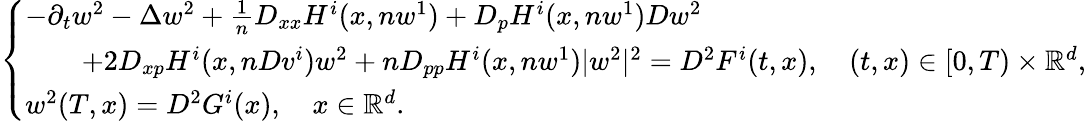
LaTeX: \begin{array}{r}{\left\{ \begin{array}{ll}{-\partial_{t}w^{2}-\Delta w^{2}+\frac{1}{n}D_{xx}H^{i}(x,nw^{1})+D_{p}H^{i}(x,nw^{1})Dw^{2}}\\ {\qquad+2D_{xp}H^{i}(x,nDv^{i})w^{2}+nD_{pp}H^{i}(x,nw^{1})|w^{2}|^{2}=D^{2}F^{i}(t,x),\quad(t,x)\in[0,T)\times{\mathbb R}^{d},}\\ {w^{2}(T,x)=D^{2}G^{i}(x),\quad x\in{\mathbb R}^{d}.}\end{array}\right.}\end{array}